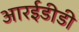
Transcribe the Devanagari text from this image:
आरईडीडी